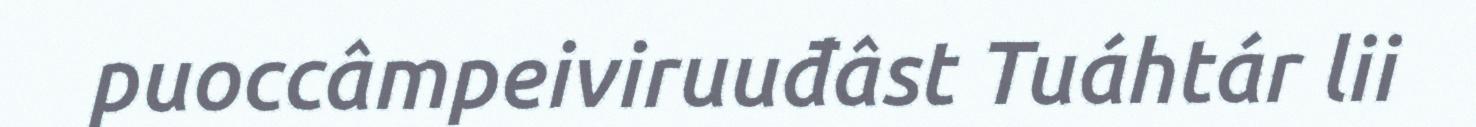
puoccâmpeiviruuđâst Tuáhtár lii